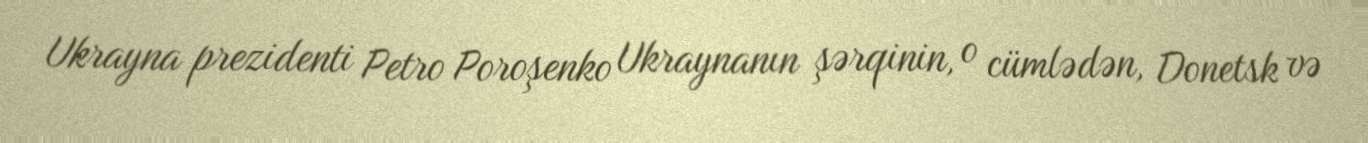
Ukrayna prezidenti Petro Poroşenko Ukraynanın şərqinin, o cümlədən, Donetsk və